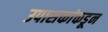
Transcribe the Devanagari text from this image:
उपासकांकडून